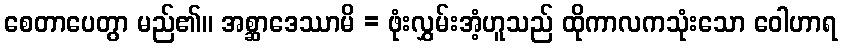
စေတာပေတွာ မည်၏။ အစ္ဆာဒေဿာမိ = ဖုံးလွှမ်းအံ့ဟူသည် ထိုကာလကသုံးသော ဝေါဟာရ